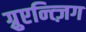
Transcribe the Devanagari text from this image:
ग़्रुएन्त्ज़िग